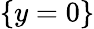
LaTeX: \{ y=0\}